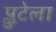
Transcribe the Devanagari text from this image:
प्लुटेला